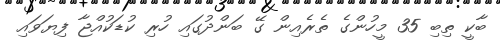
ބާކީ ތިބި 35 މީހުންގެ ތެރެއިން ގޭ ބަންދުގައި ހުރި ކުޑަކުއްޖާ ފިޔަވައި